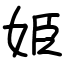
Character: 姫